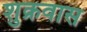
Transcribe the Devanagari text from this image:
शुक्रवास